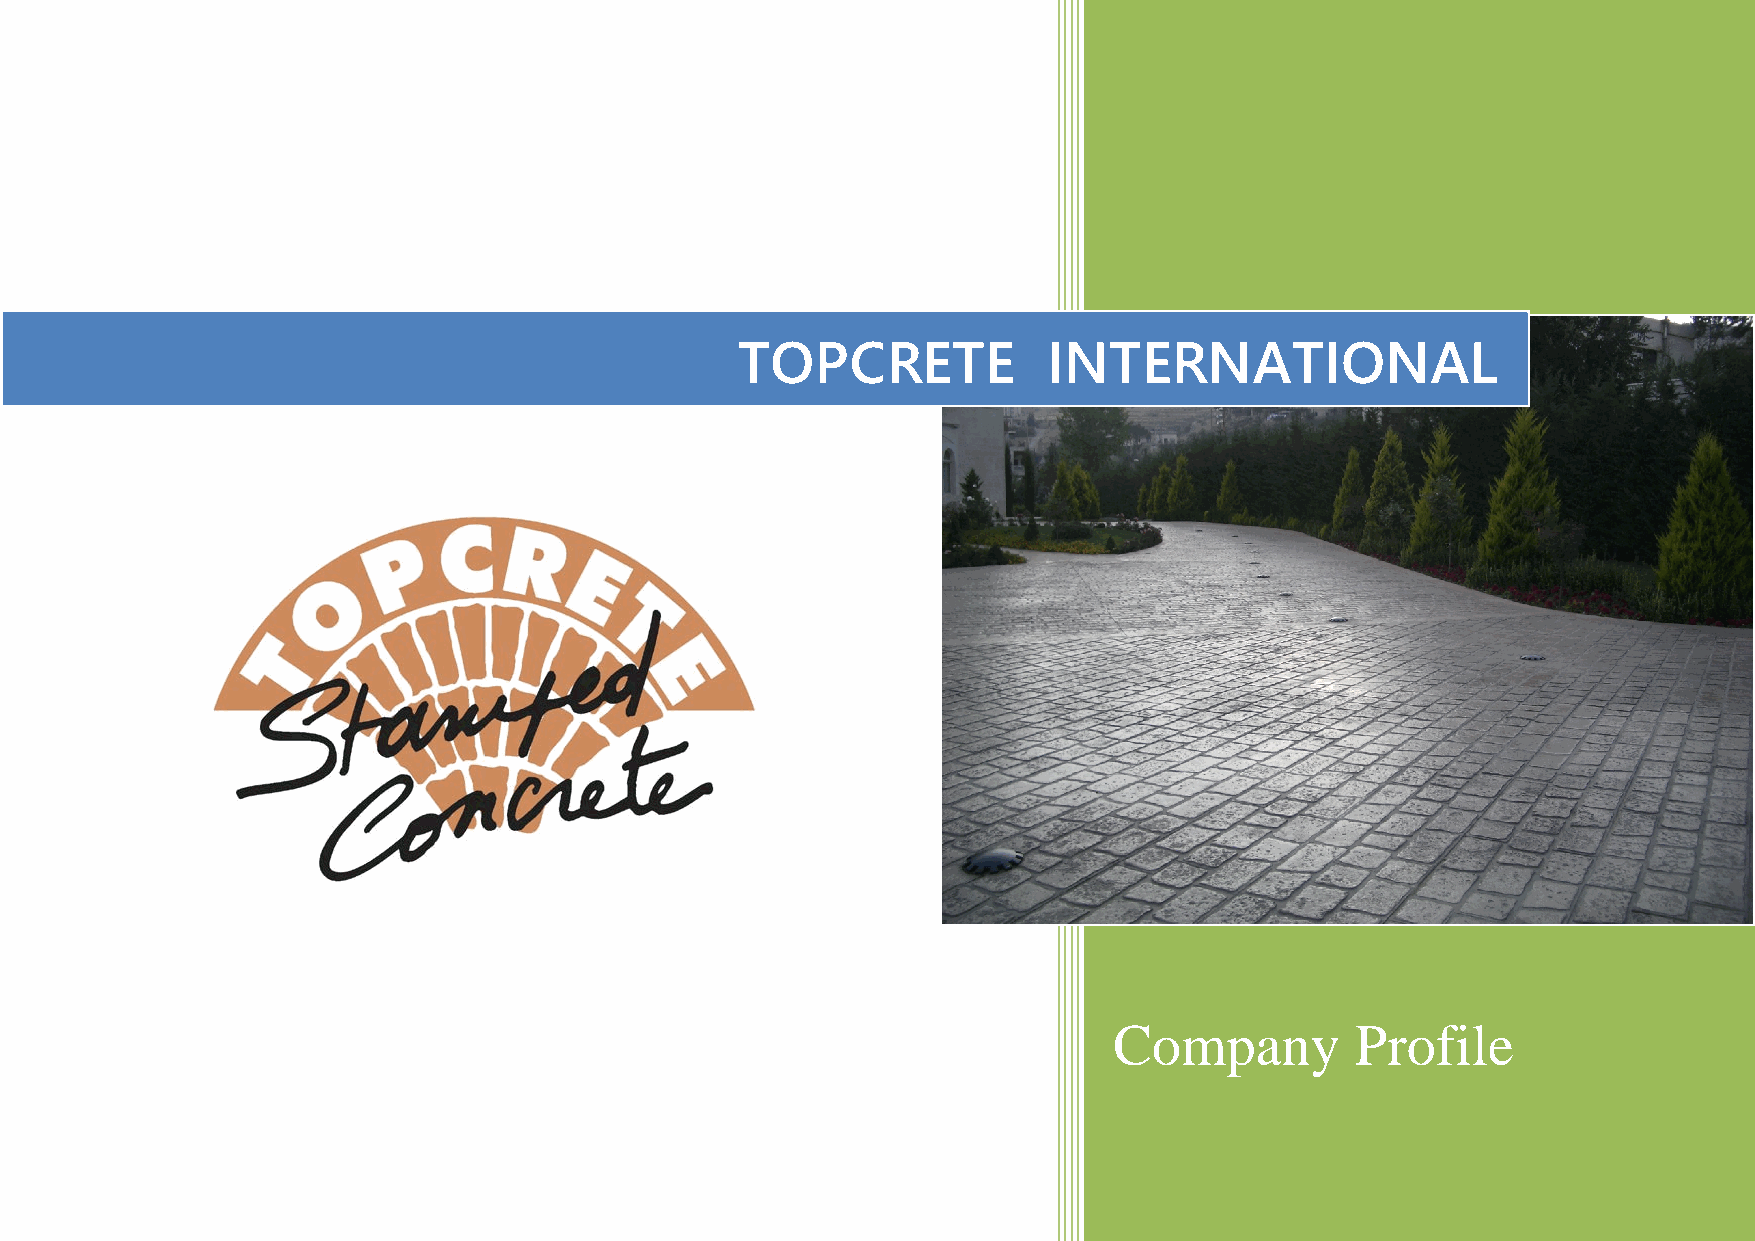
TOPCRETE            INTERNATIONAL
 Company         Profile